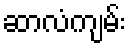
ဆာလံကျမ်း